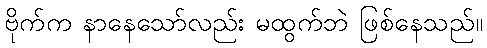
ဗိုက်က နာနေသော်လည်း မထွက်ဘဲ ဖြစ်နေသည်။